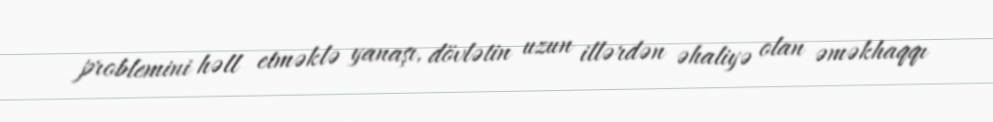
problemini həll etməklə yanaşı, dövlətin uzun illərdən əhaliyə olan əməkhaqqı